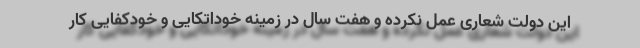
این دولت شعاری عمل نکرده و هفت سال در زمینه خوداتکایی و خودکفایی کار